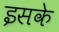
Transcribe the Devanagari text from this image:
इसके